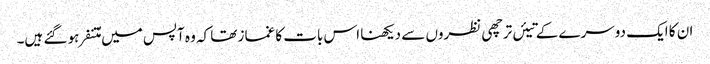
ان کا ایک دوسرے کے تیئں ترچھی نظروں سے دیکھنا اس بات کا غماز تھا کہ وہ آپس میں مُتنفر ہو گئے ہیں۔